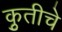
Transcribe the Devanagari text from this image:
कृुतीचे